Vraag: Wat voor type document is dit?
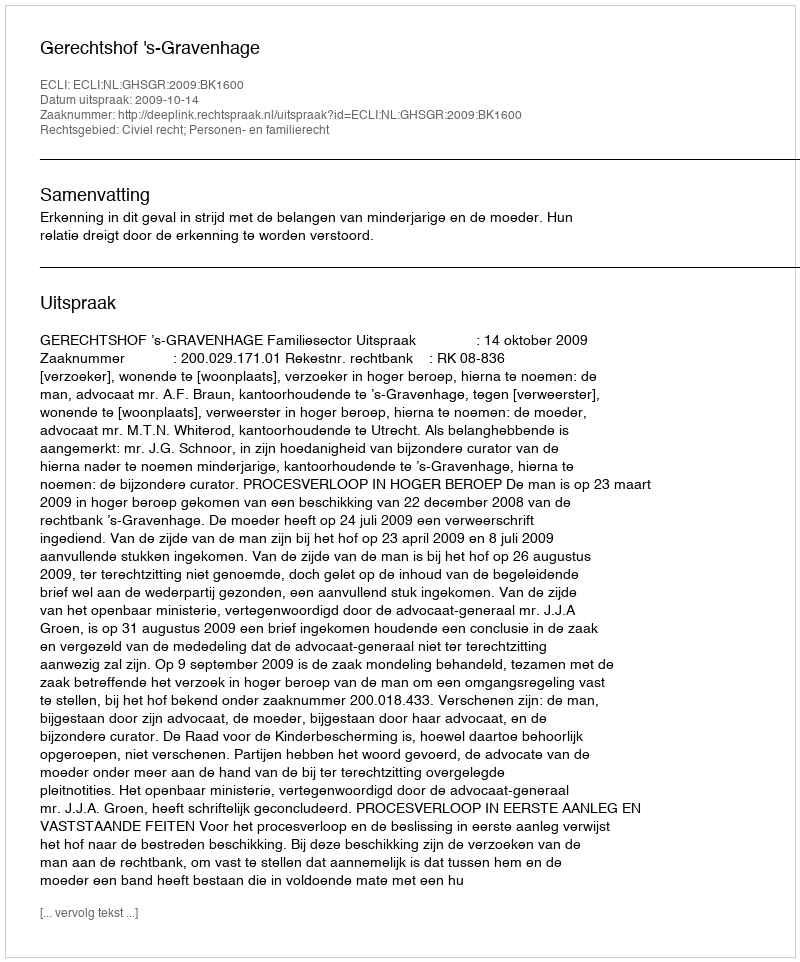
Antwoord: Uitspraak